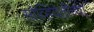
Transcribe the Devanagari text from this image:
सोव्हियेतीच्या